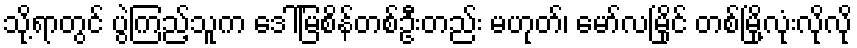
သို့ရာတွင် ပွဲကြည့်သူက ဒေါ်မြစိန်တစ်ဦးတည်း မဟုတ်၊ မော်လမြိုင် တစ်မြို့လုံးလိုလို